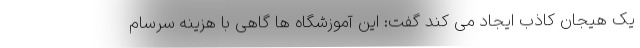
یک هیجان کاذب ایجاد می کند گفت: این آموزشگاه ها گاهی با هزینه سرسام